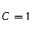
C = 1